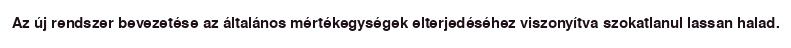
Az új rendszer bevezetése az általános mértékegységek elterjedéséhez viszonyítva szokatlanul lassan halad.